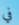
في